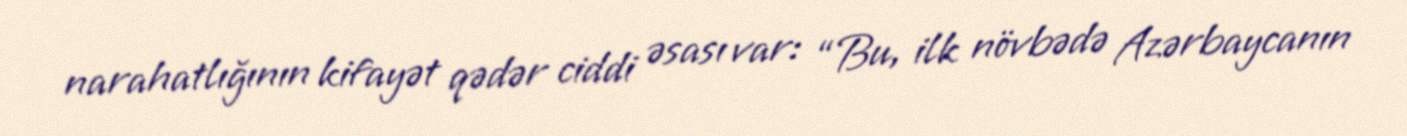
narahatlığının kifayət qədər ciddi əsası var: “Bu, ilk növbədə Azərbaycanın